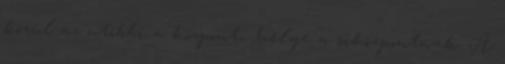
közül az utóbbi a központi helye a síközpontnak. A